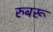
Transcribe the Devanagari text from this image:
रुबरू